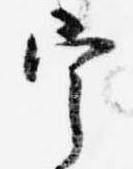
宰